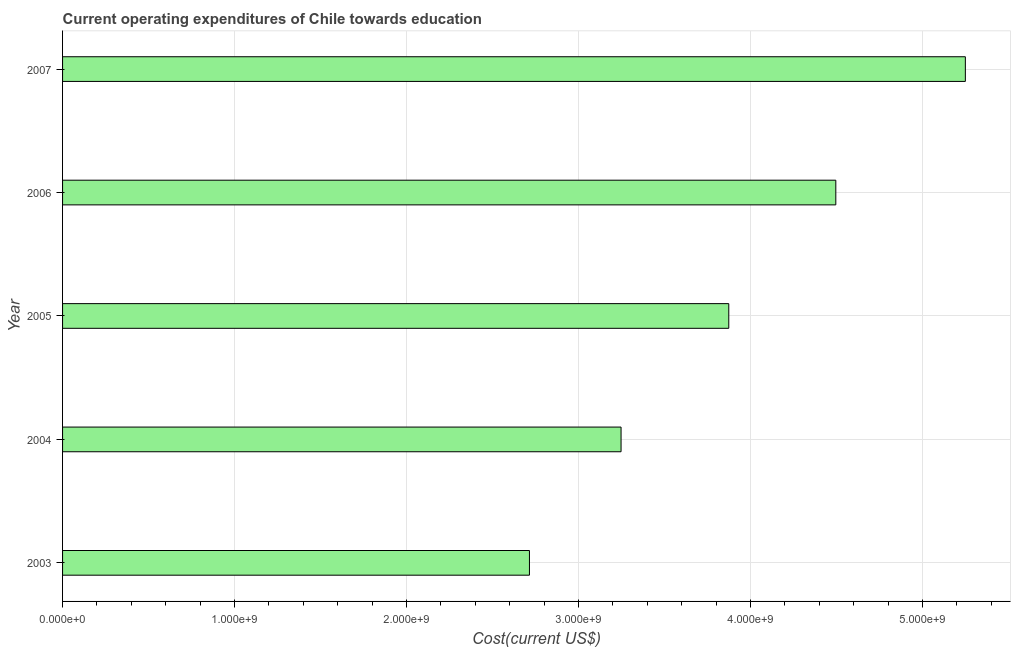
| Year | Education expenditure |
 | --- | --- |
 | 2003 | 2.72e+09 |
 | 2004 | 3.25e+09 |
 | 2005 | 3.87e+09 |
 | 2006 | 4.5e+09 |
 | 2007 | 5.25e+09 |